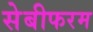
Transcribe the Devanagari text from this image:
सेबीफरम